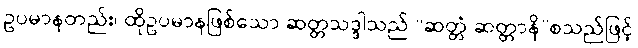
ဥပမာနတည်း၊ ထိုဥပမာနဖြစ်သော ဆတ္တသဒ္ဒါသည် “ဆတ္တံ ဆတ္တာနိ”စသည်ဖြင့်